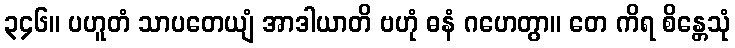
၃၄၆။ ပဟူတံ သာပတေယျံ အာဒါယာတိ ဗဟုံ ဓနံ ဂဟေတွာ။ တေ ကိရ စိန္တေသုံ